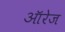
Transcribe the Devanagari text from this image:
ऑरेज